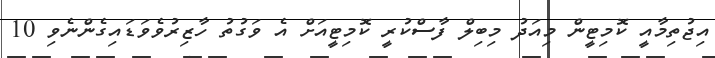
އިޖުތިމާއީ ކޮމިޓީން މިއަދު މިބިލް ފާސްކުރީ ކޮމިޓީއަށް އެ ވަގުތު ހާޒިރުވެވަޑައިގެންނެވި 10